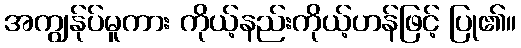
အကျွန်ုပ်မူကား ကိုယ့်နည်းကိုယ့်ဟန်ဖြင့် ပြု၏။